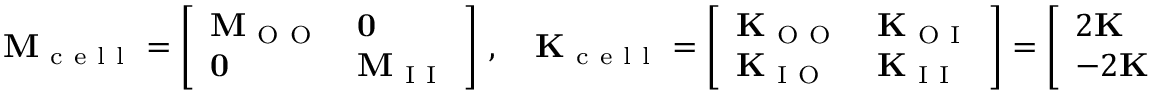
\mathbf { M } _ { \mathrm { ~ c ~ e ~ l ~ l ~ } } = \left[ \begin{array} { l l } { \mathbf { M } _ { \mathrm { ~ O ~ O ~ } } } & { \mathbf { 0 } } \\ { \mathbf { 0 } } & { \mathbf { M } _ { \mathrm { ~ I ~ I ~ } } } \end{array} \right] \, , \quad \mathbf { K } _ { \mathrm { ~ c ~ e ~ l ~ l ~ } } = \left[ \begin{array} { l l } { \mathbf { K } _ { \mathrm { ~ O ~ O ~ } } } & { \mathbf { K } _ { \mathrm { ~ O ~ I ~ } } } \\ { \mathbf { K } _ { \mathrm { ~ I ~ O ~ } } } & { \mathbf { K } _ { \mathrm { ~ I ~ I ~ } } } \end{array} \right] = \left[ \begin{array} { l l } { 2 \mathbf { K } } & { - 2 \mathbf { K } } \\ { - 2 \mathbf { K } } & { 2 \mathbf { K } } \end{array} \right] \, , \quad \hat { \mathbf { u } } = \left[ \begin{array} { l } { \hat { \mathbf { X } } _ { \mathrm { ~ O ~ } } } \\ { \hat { \mathbf { X } } _ { \mathrm { ~ I ~ } } } \end{array} \right] \, , \quad \hat { \mathbf { F } } = \left[ \begin{array} { l } { \hat { \mathbf { F } } _ { \mathrm { ~ O ~ } } } \\ { \hat { \mathbf { F } } _ { \mathrm { ~ I ~ } } } \end{array} \right] \, .